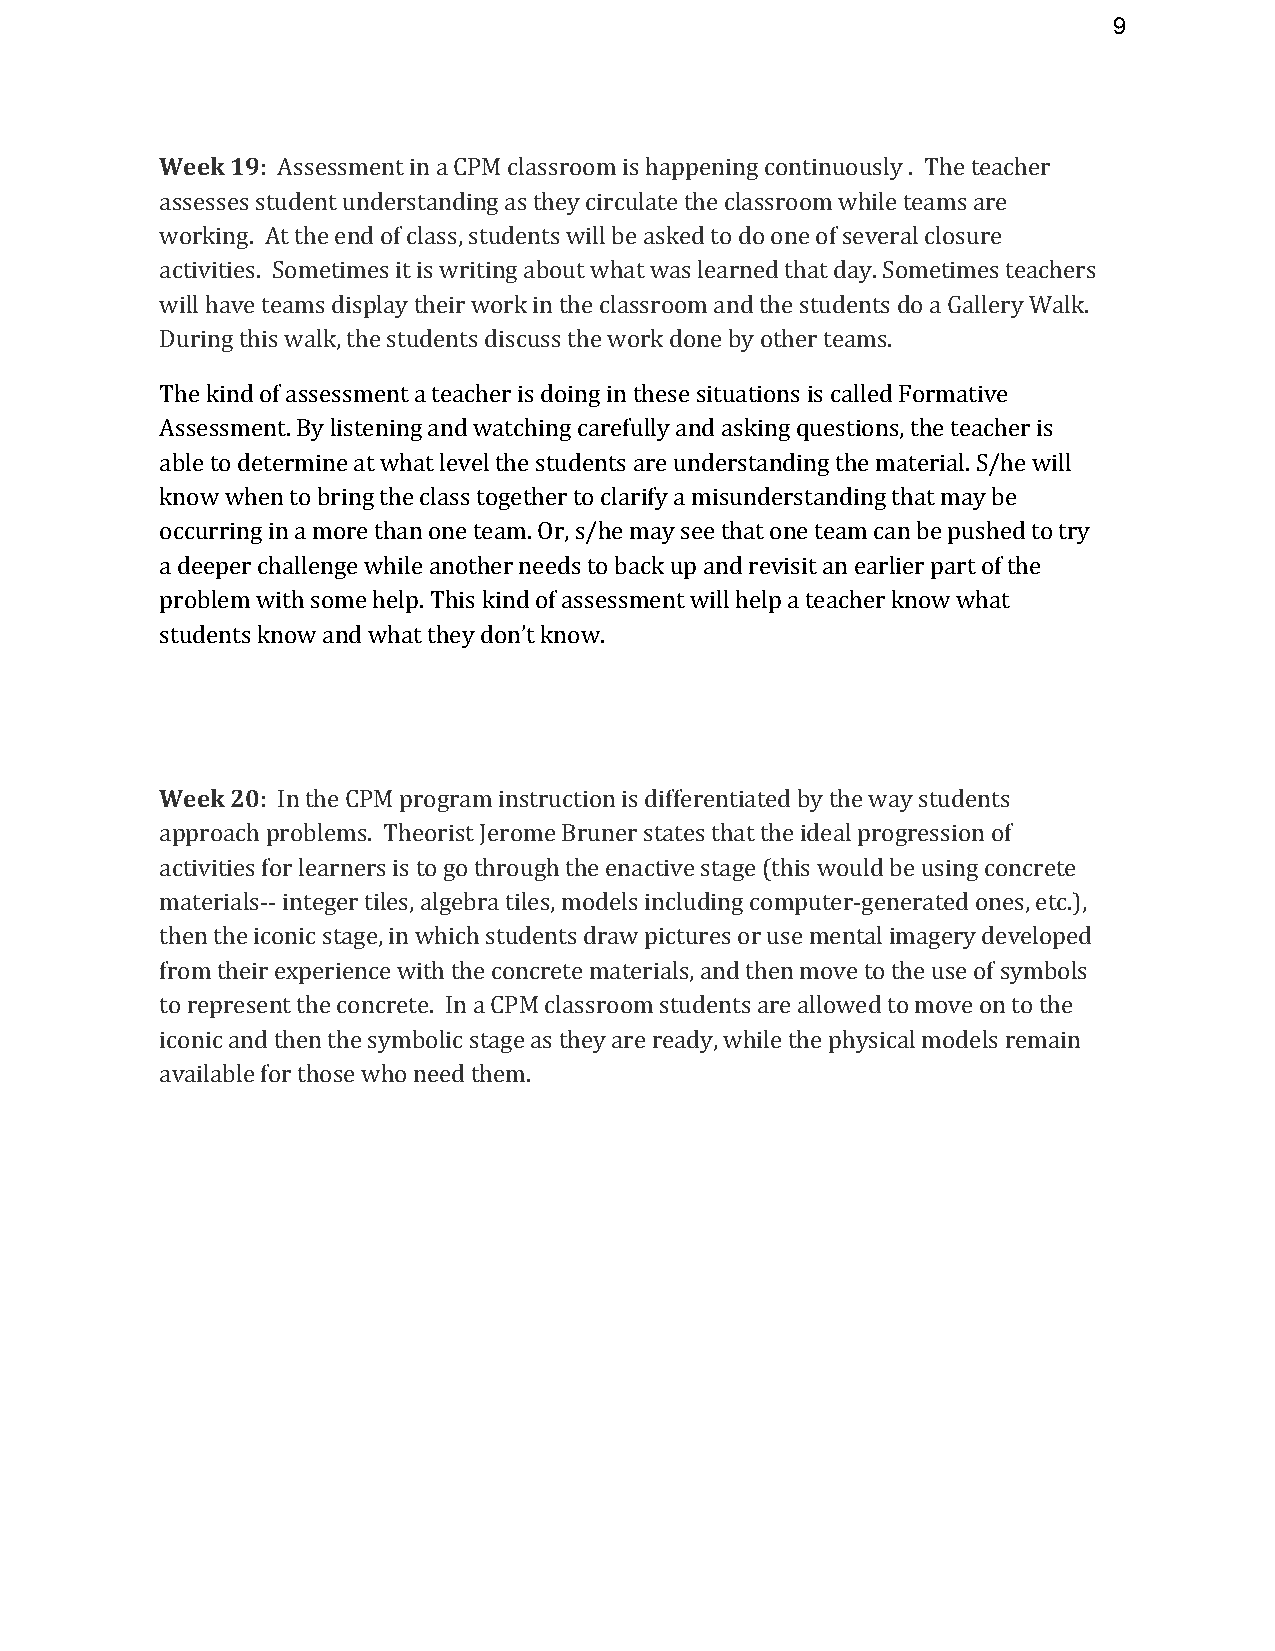
9
 Week 19: Assessment in a CPM classroom is happening continuously . The teacher
 assesses student understanding as they circulate the classroom while teams are
 working. At the end of class, students will be asked to do one of several closure
 activities. Sometimes it is writing about what was learned that day. Sometimes teachers
 will have teams display their work in the classroom and the students do a Gallery Walk.
 During this walk, the students discuss the work done by other teams.
 The kind of assessment a teacher is doing in these situations is called Formative
 Assessment. By listening and watching carefully and asking questions, the teacher is
 able to determine at what level the students are understanding the material. S/he will
 know when to bring the class together to clarify a misunderstanding that may be
 occurring in a more than one team. Or, s/he may see that one team can be pushed to try
 a deeper challenge while another needs to back up and revisit an earlier part of the
 problem with some help. This kind of assessment will help a teacher know what
 students know and what they don’t know.
 Week 20: In the CPM program instruction is differentiated by the way students
 approach problems. Theorist Jerome Bruner states that the ideal progression of
 activities for learners is to go through the enactive stage (this would be using concrete
 materials-- integer tiles, algebra tiles, models including computer-generated ones, etc.),
 then the iconic stage, in which students draw pictures or use mental imagery developed
 from their experience with the concrete materials, and then move to the use of symbols
 to represent the concrete. In a CPM classroom students are allowed to move on to the
 iconic and then the symbolic stage as they are ready, while the physical models remain
 available for those who need them.